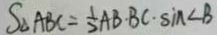
S _ { \Delta A B C } = \frac { 1 } { 2 } A B \cdot B C \cdot \sin \angle B